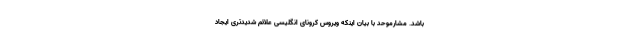
باشد. مشارموحد با بیان اینکه ویروس کرونای انگلیسی علائم شدیدتری ایجاد